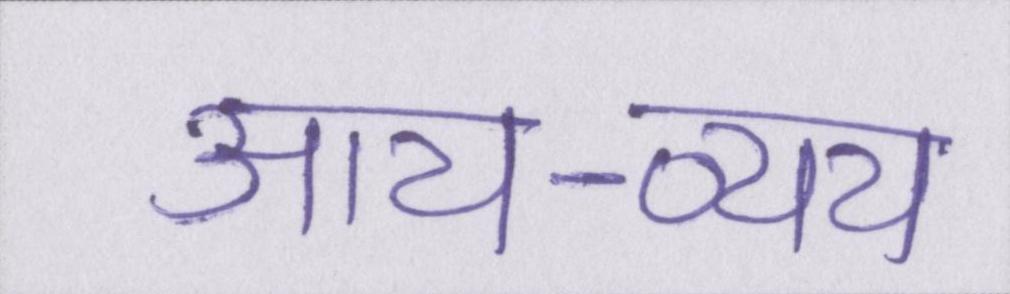
आय-व्यय